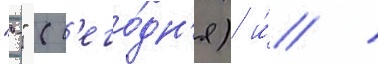
"-" (с'его́дн'я) и́ /